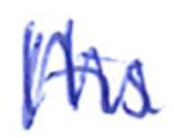
Text: His
Cross-out: zig-zag
Writing tool: ballpoint